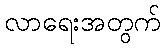
လာရေးအတွက်